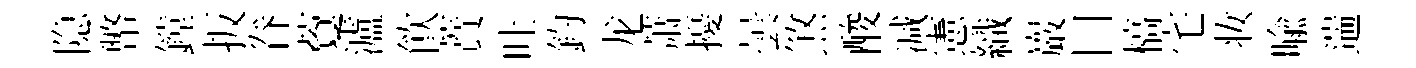
隐幣鏜扳眷藑瀘飮蕡吐釣龙萧擾曇煞酸减憲織巖口槁宅妆喻遄